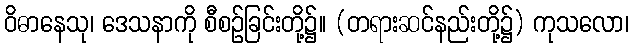
ဝိဓာနေသု၊ ဒေသနာကို စီစဉ်ခြင်းတို့၌။ (တရားဆင်နည်းတို့၌) ကုသလော၊